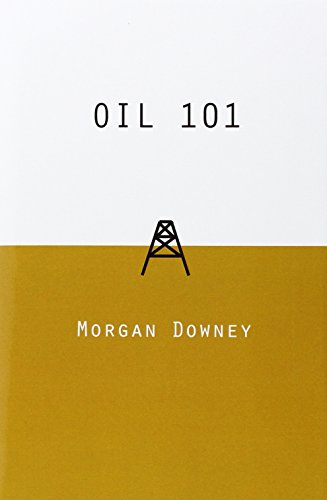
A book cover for Oil 101; Morgan Downey; Engineering & Transportation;